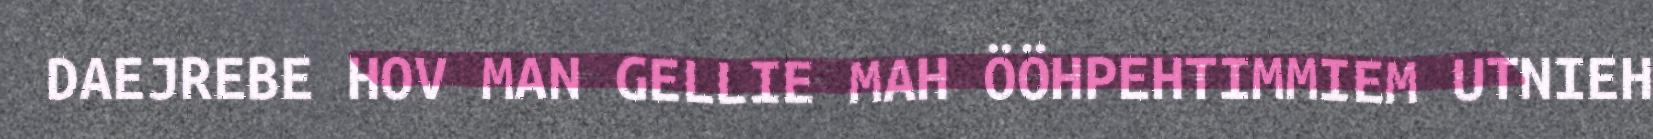
DAEJREBE HOV MAN GELLIE MAH ÖÖHPEHTIMMIEM UTNIEH